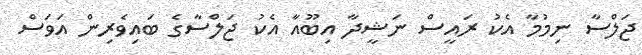
ޖަލްސާ ނިމުމާ އެކު ރައީސް ނަޝީދާ އިބޫއާ އެކު ޖަލްސާގެ ބައިވެރިން އަވަސް